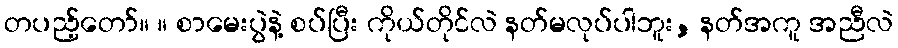
တပည့်တော်။ ။ စာမေးပွဲနဲ့ စပ်ပြီး ကိုယ်တိုင်လဲ နတ်မလုပ်ပါဘူး, နတ်အကူ အညီလဲ